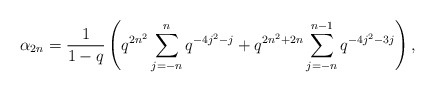
\begin{align*} \alpha_{2n} = \frac{1}{1-q}\left(q^{2n^2}\sum_{j=-n}^{n}q^{-4j^2-j} + q^{2n^2+2n}\sum_{j=-n}^{n-1}q^{-4j^2-3j}\right), \end{align*}